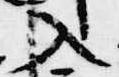
入